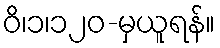
ဝိ၊၁၊၁၂၀-မှယူရန်။